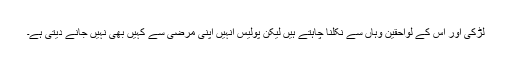
لڑکی اور اس کے لواحقین وہاں سے نکلنا چاہتے ہیں لیکن پولیس انہیں اپنی مرضی سے کہیں بھی نہیں جانے دیتی ہے۔